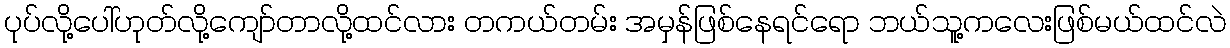
ပုပ်လို့ပေါ်ဟုတ်လို့ကျော်တာလို့ထင်လား တကယ်တမ်း အမှန်ဖြစ်နေရင်ရော ဘယ်သူ့ကလေးဖြစ်မယ်ထင်လဲ